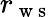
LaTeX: r_{\mathrm{~w~s~}}